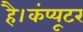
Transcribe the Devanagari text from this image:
है।कंप्यूटर